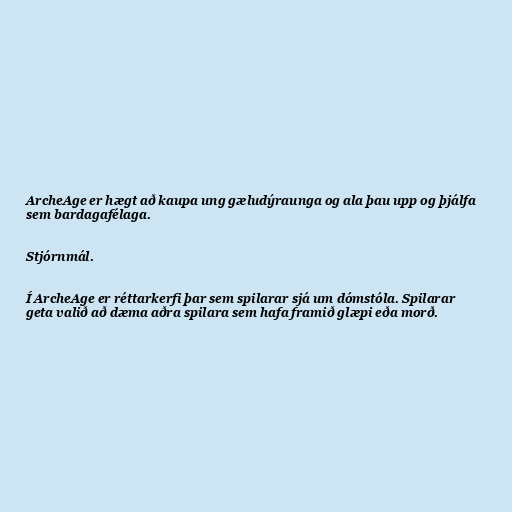
ArcheAge er hægt að kaupa ung gæludýraunga og ala þau upp og þjálfa
sem bardagafélaga.

Stjórnmál.

Í ArcheAge er réttarkerfi þar sem spilarar sjá um dómstóla. Spilarar
geta valið að dæma aðra spilara sem hafa framið glæpi eða morð.